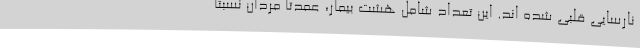
نارسایی قلبی شده اند. این تعداد شامل هشت بیمار، عمدتاً مردان نسبتاً